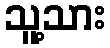
သူ့သား